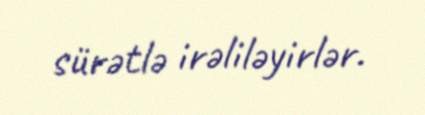
sürətlə irəliləyirlər.